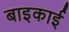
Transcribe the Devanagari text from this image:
बाइकाई